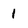
Character: 1